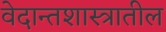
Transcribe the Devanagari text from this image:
वेदान्तशास्त्रातील